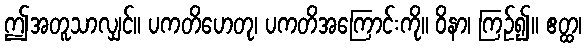
ဤအတူသာလျှင်။ ပကတိဟေတု၊ ပကတိအကြောင်းကို။ ဝိနာ၊ ကြဉ်၍။ ဧတ္ထ၊